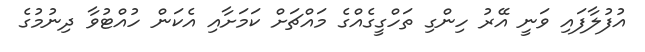
އުފުލާފައި ވަނީ އޭރު ހިންގި ތަހްގީގެއްގެ މައްޗަށް ކަމަށާއި އެކަން ހުއްޓުވާ ދިނުމުގެ